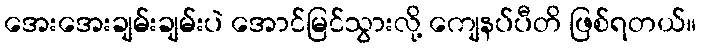
အေးအေးချမ်းချမ်းပဲ အောင်မြင်သွားလို့ ကျေနပ်ပီတိ ဖြစ်ရတယ်။